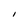
Character: I